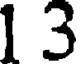
1 3